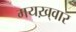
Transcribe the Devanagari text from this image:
मयख़्वार